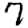
Digit: 7